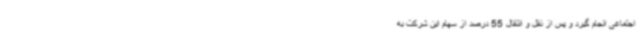
اجتماعی انجام گیرد و پس از نقل و انتقال 55 درصد از سهام این شرکت به